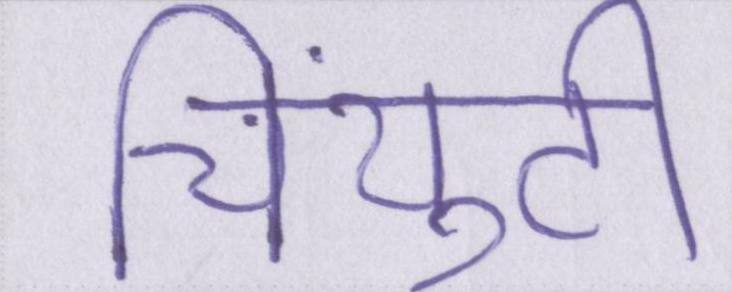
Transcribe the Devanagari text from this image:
चिंयुटी